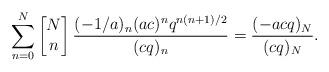
LaTeX: \begin{align*}\sum_{n=0}^{N}\left[\begin{matrix} N \\ n \end{matrix}\right]\frac{(-1/a)_n(ac)^nq^{n(n+1)/2}}{(cq)_n}=\frac{(-acq)_{N}}{(cq)_N}.\end{align*}